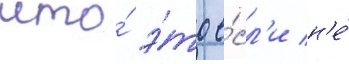
что́ э́то е́сл'и н'е́